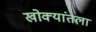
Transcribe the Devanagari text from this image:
खोक्यांतला